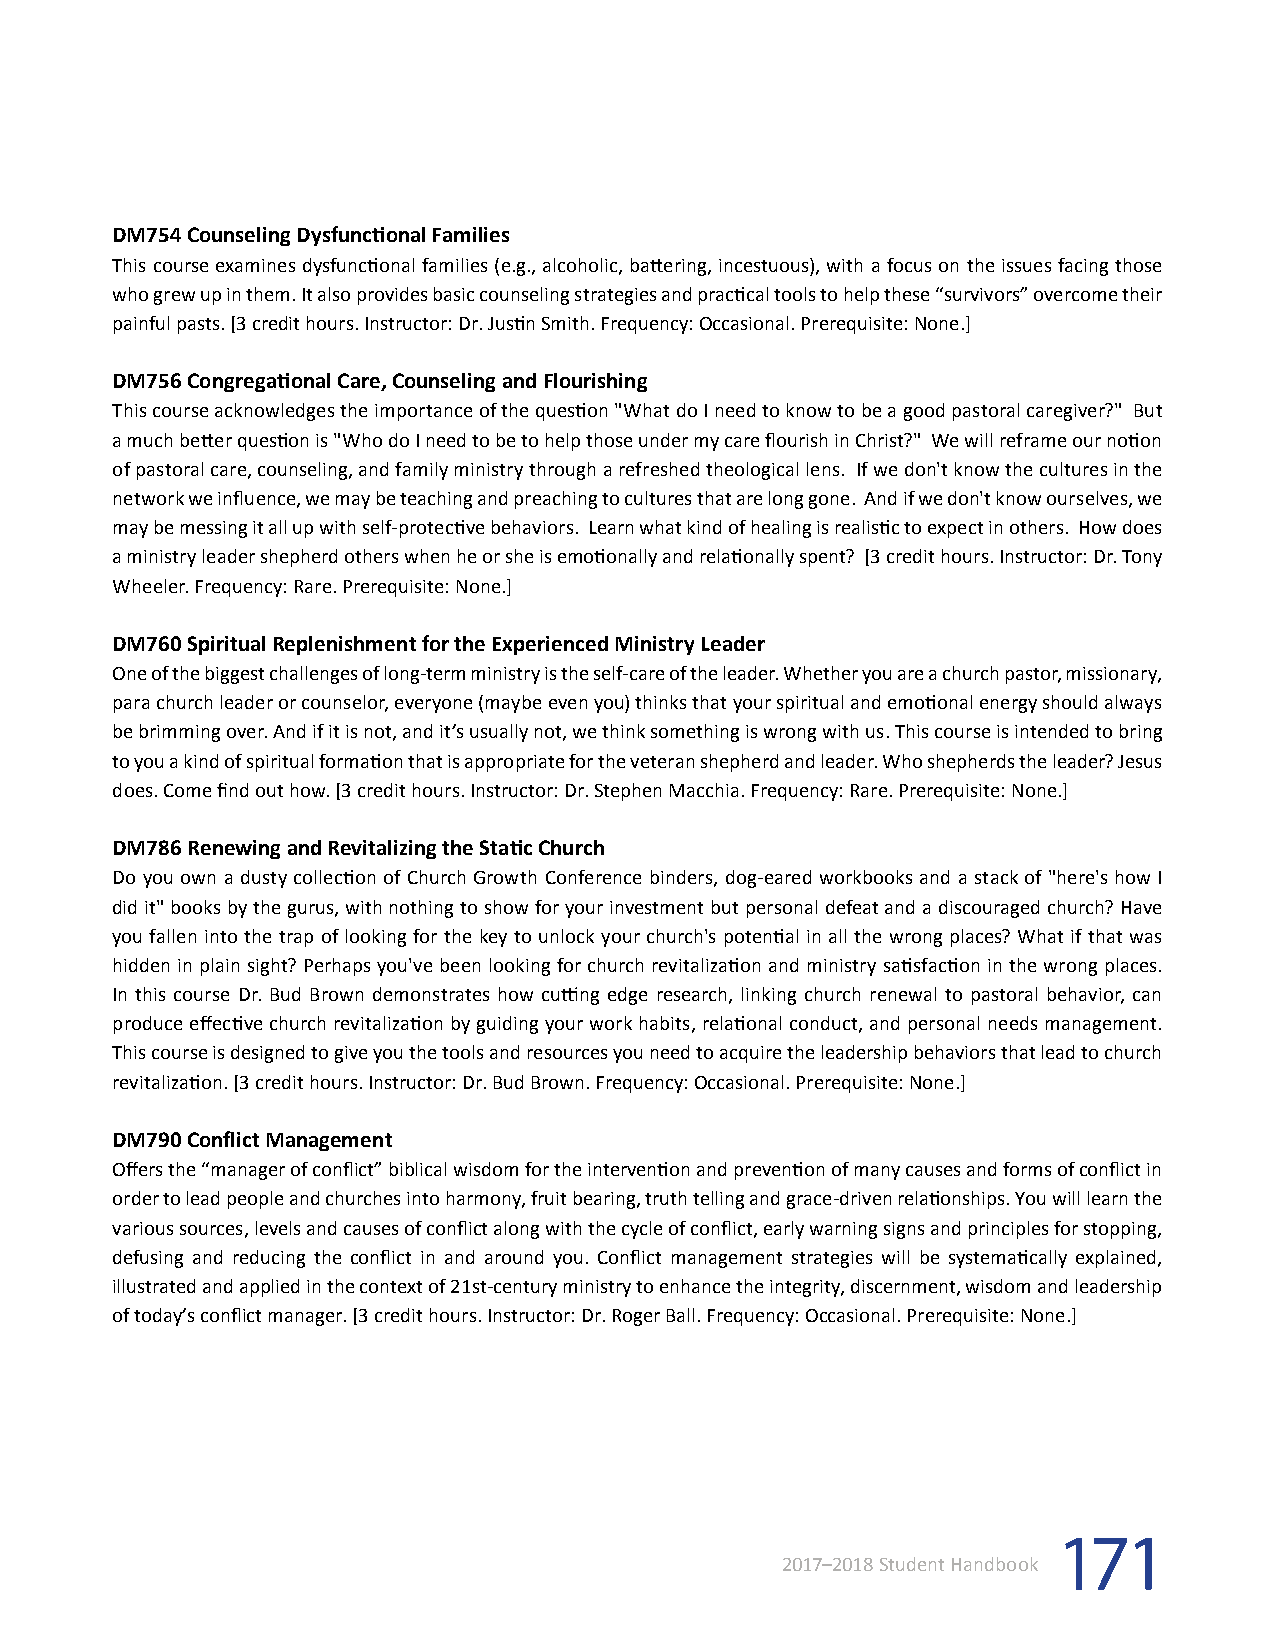
Course Descriptions
 DM754 Counseling Dysfunctional Families
 This course examines dysfunctional families (e.g., alcoholic, battering, incestuous), with a focus on the issues facing those
 who grew up in them. It also provides basic counseling strategies and practical tools to help these “survivors” overcome their
 painful pasts. [3 credit hours. Instructor: Dr. Justin Smith. Frequency: Occasional. Prerequisite: None.]
 DM756 Congregational Care, Counseling and Flourishing
 This course acknowledges the importance of the question "What do I need to know to be a good pastoral caregiver?" But
 a much better question is "Who do I need to be to help those under my care flourish in Christ?" We will reframe our notion
 of pastoral care, counseling, and family ministry through a refreshed theological lens. If we don't know the cultures in the
 network we influence, we may be teaching and preaching to cultures that are long gone. And if we don't know ourselves, we
 may be messing it all up with self-protective behaviors. Learn what kind of healing is realistic to expect in others. How does
 a ministry leader shepherd others when he or she is emotionally and relationally spent? [3 credit hours. Instructor: Dr. Tony
 Wheeler. Frequency: Rare. Prerequisite: None.]
 DM760 Spiritual Replenishment for the Experienced Ministry Leader
 One of the biggest challenges of long-term ministry is the self-care of the leader. Whether you are a church pastor, missionary,
 para church leader or counselor, everyone (maybe even you) thinks that your spiritual and emotional energy should always
 be brimming over. And if it is not, and it’s usually not, we think something is wrong with us. This course is intended to bring
 to you a kind of spiritual formation that is appropriate for the veteran shepherd and leader. Who shepherds the leader? Jesus
 does. Come find out how. [3 credit hours. Instructor: Dr. Stephen Macchia. Frequency: Rare. Prerequisite: None.]
 DM786 Renewing and Revitalizing the Static Church
 Do you own a dusty collection of Church Growth Conference binders, dog-eared workbooks and a stack of "here's how I
 did it" books by the gurus, with nothing to show for your investment but personal defeat and a discouraged church? Have
 you fallen into the trap of looking for the key to unlock your church's potential in all the wrong places? What if that was
 hidden in plain sight? Perhaps you've been looking for church revitalization and ministry satisfaction in the wrong places.
 In this course Dr. Bud Brown demonstrates how cutting edge research, linking church renewal to pastoral behavior, can
 produce effective church revitalization by guiding your work habits, relational conduct, and personal needs management.
 This course is designed to give you the tools and resources you need to acquire the leadership behaviors that lead to church
 revitalization. [3 credit hours. Instructor: Dr. Bud Brown. Frequency: Occasional. Prerequisite: None.]
 DM790 Conflict Management
 Offers the “manager of conflict” biblical wisdom for the intervention and prevention of many causes and forms of conflict in
 order to lead people and churches into harmony, fruit bearing, truth telling and grace-driven relationships. You will learn the
 various sources, levels and causes of conflict along with the cycle of conflict, early warning signs and principles for stopping,
 defusing and reducing the conflict in and around you. Conflict management strategies will be systematically explained,
 illustrated and applied in the context of 21st-century ministry to enhance the integrity, discernment, wisdom and leadership
 of today’s conflict manager. [3 credit hours. Instructor: Dr. Roger Ball. Frequency: Occasional. Prerequisite: None.]
 171
 2017–2018 Student Handbook